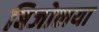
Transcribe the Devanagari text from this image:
बिजोलया